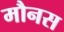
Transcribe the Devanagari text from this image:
मौनस